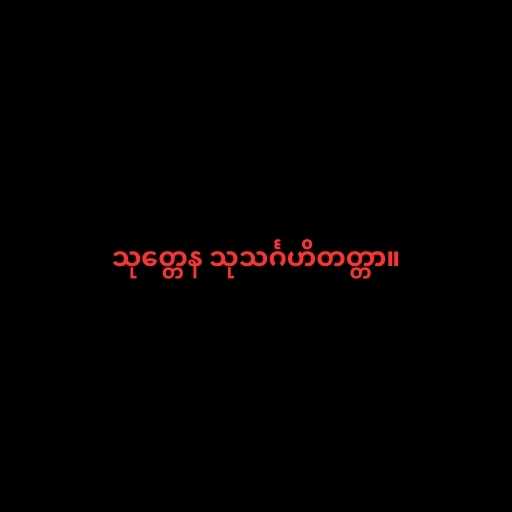
သုတ္တေန သုသင်္ဂဟိတတ္တာ။